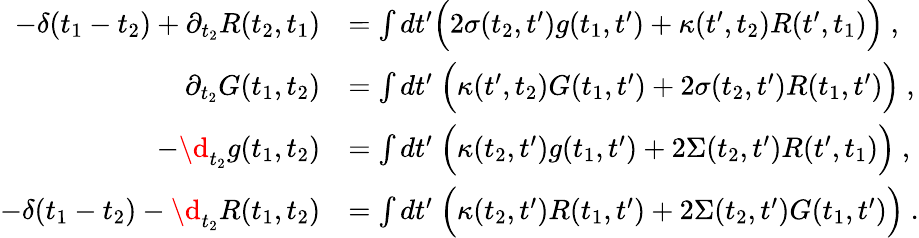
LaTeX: \begin{array}{rl}{-\delta(t_{1}-t_{2})+\partial_{t_{2}}R(t_{2},t_{1})}&{=\int dt^{\prime}\Big(2\sigma(t_{2},t^{\prime})g(t_{1},t^{\prime})+\kappa(t^{\prime},t_{2})R(t^{\prime},t_{1})\Big)~,}\\ {\partial_{t_{2}}G(t_{1},t_{2})}&{=\int dt^{\prime}\ \Big(\kappa(t^{\prime},t_{2})G(t_{1},t^{\prime})+2\sigma(t_{2},t^{\prime})R(t_{1},t^{\prime})\Big)~,}\\ {-\d_{t_{2}}g(t_{1},t_{2})}&{=\int dt^{\prime}\ \Big(\kappa(t_{2},t^{\prime})g(t_{1},t^{\prime})+2\Sigma(t_{2},t^{\prime})R(t^{\prime},t_{1})\Big)~,}\\ {-\delta(t_{1}-t_{2})-\d_{t_{2}}R(t_{1},t_{2})}&{=\int dt^{\prime}\ \Big(\kappa(t_{2},t^{\prime})R(t_{1},t^{\prime})+2\Sigma(t_{2},t^{\prime})G(t_{1},t^{\prime})\Big)~.}\end{array}